Tartu_pedagoogiumi_aruanded, lk 20
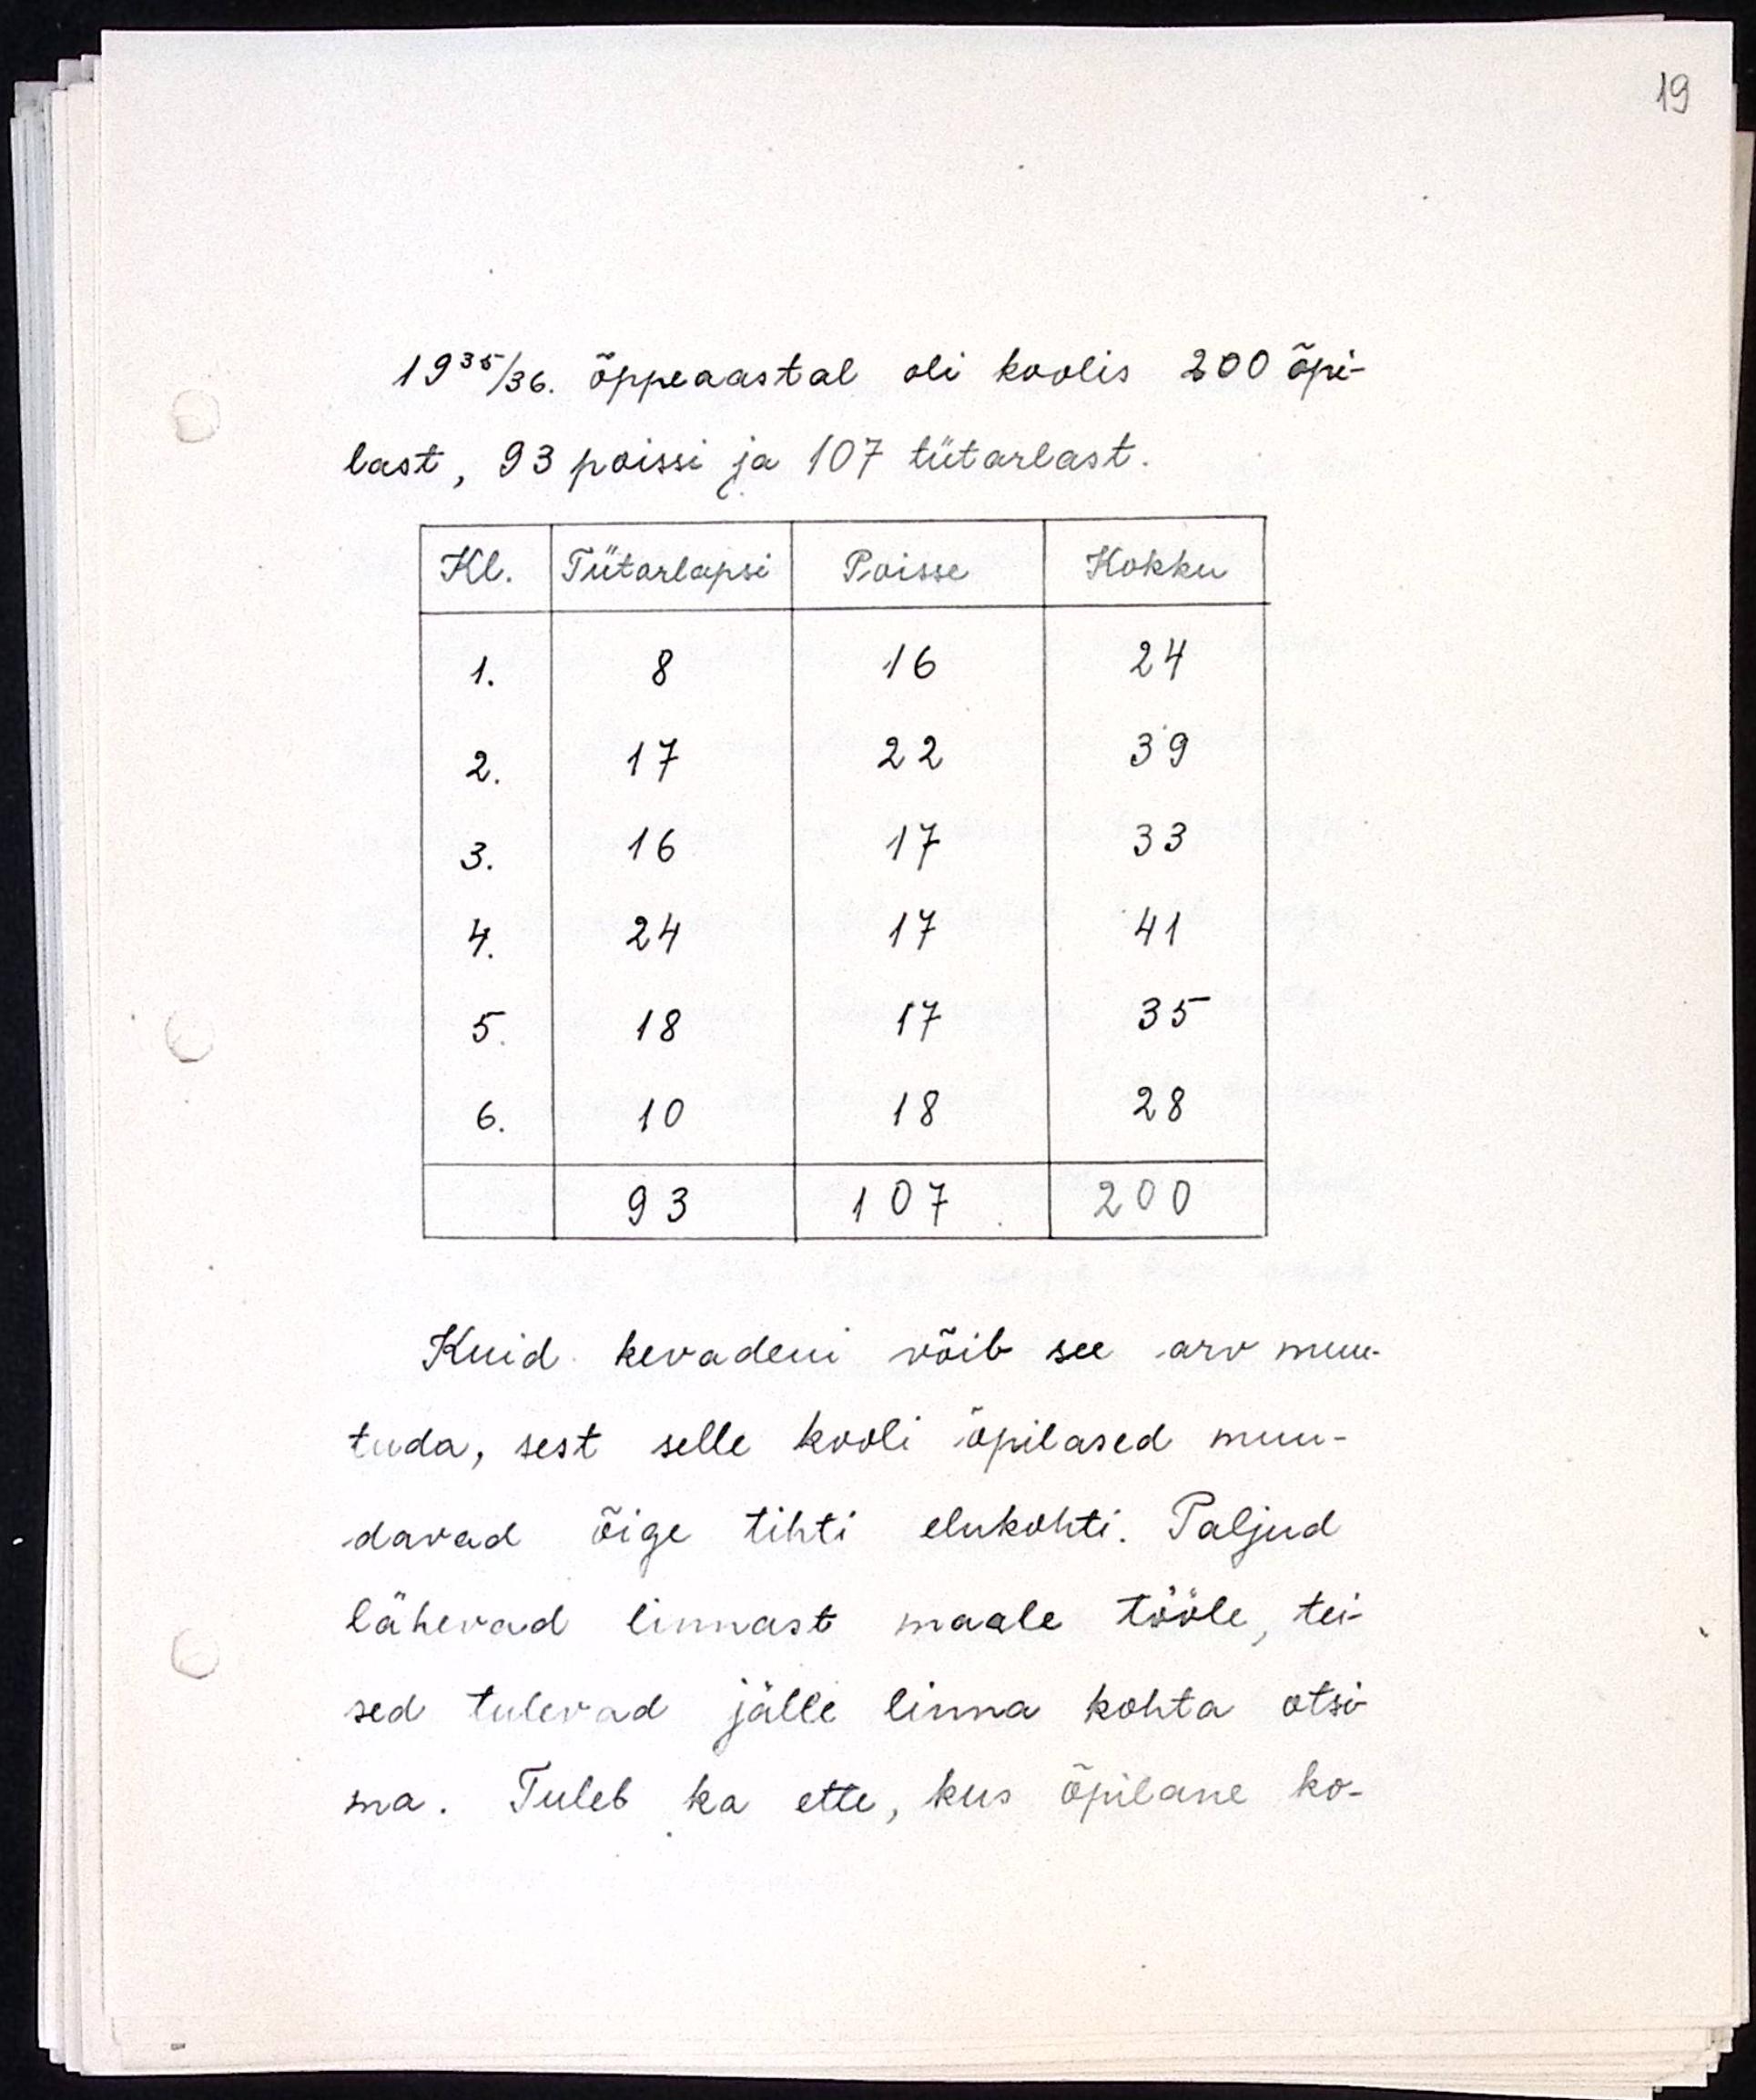
1935/36. õppeaastal oli koolis 200 õpi-
last, 93 poissi ja 107 tütarlast
Kuid kevadeni võib see arv muu-
tuda, sest selle kooli õpilased muu-
davad õige tihti elukohti. Paljud
lähevad linnast maale tööle, tei-
sed tulevad jälle linna kohta otsi-
ma. Tuleb ka ette, kus õpilane ko-